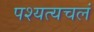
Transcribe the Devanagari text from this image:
पश्यत्यचलं